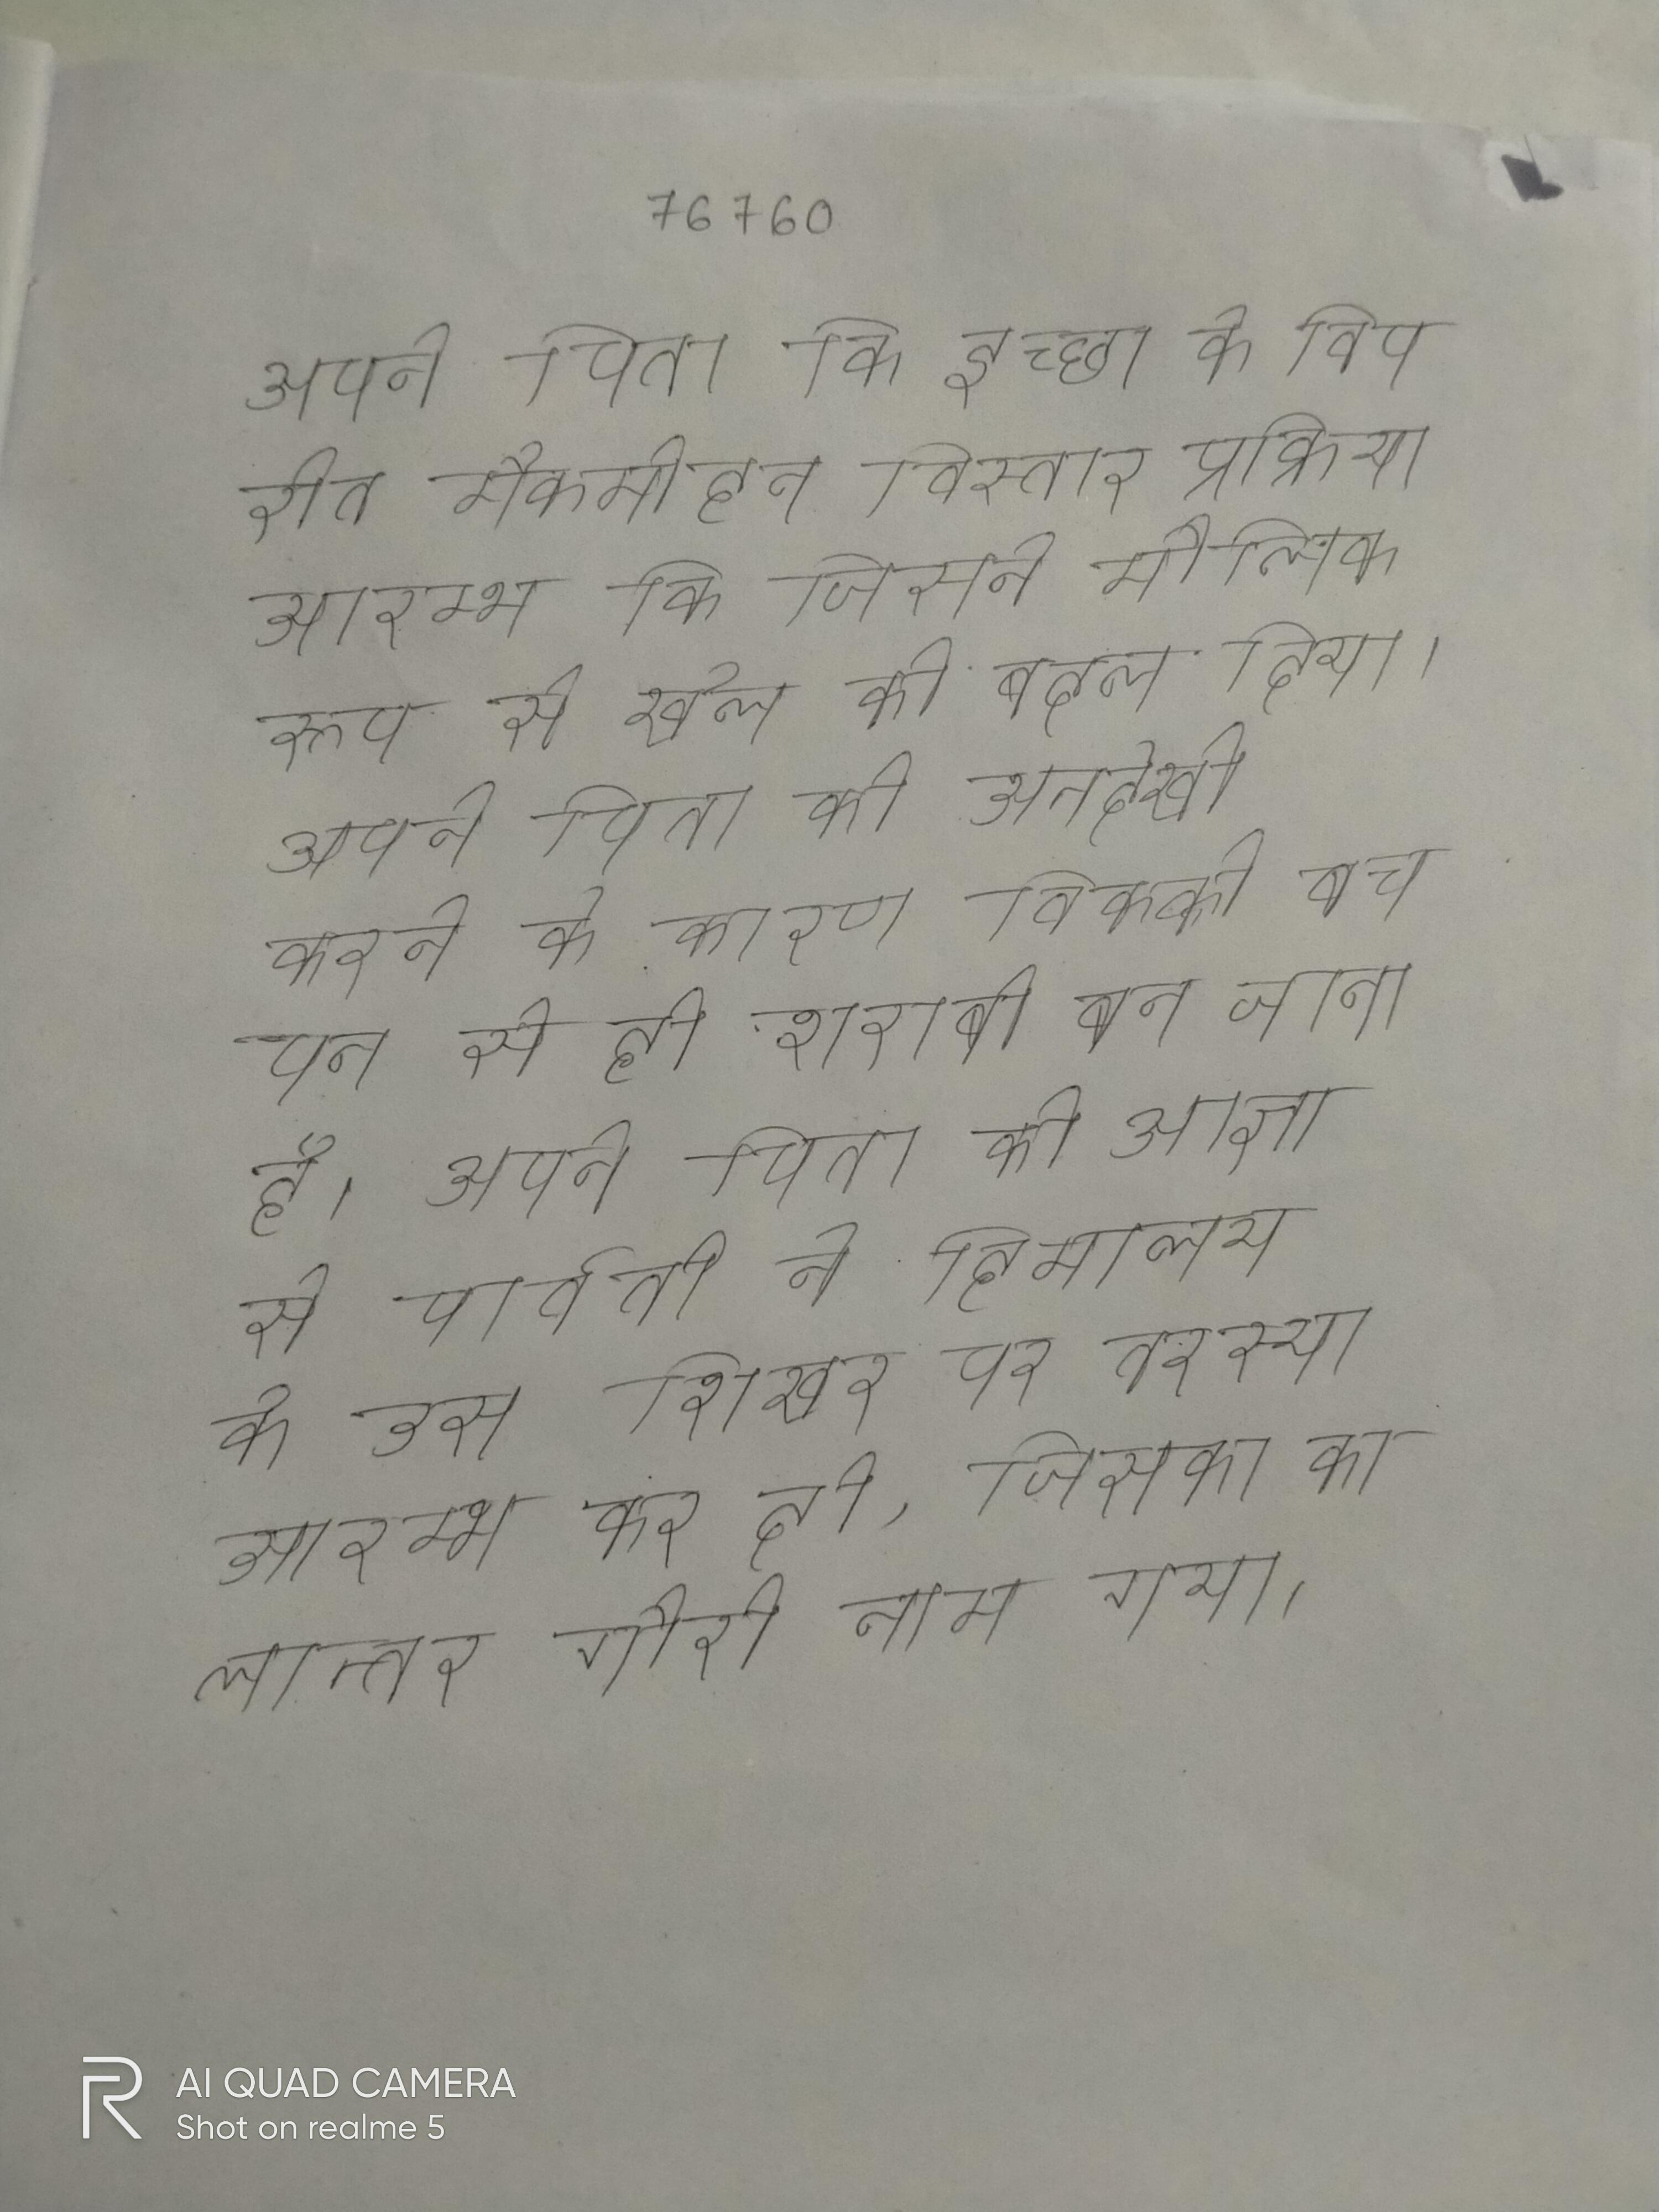
अपने पिता कि इच्छा के विपरीत मैकमोहन विस्तार प्रक्रिया आरम्भ कि जिसने मौलिक रूप से खेल को बदल दिया । अपने पिता की अनदेखी करने के कारण विक्की बचपन से ही शराबी बन जाता है । अपने पिता की आज्ञा से पार्वती ने हिमालय के उस शिखर पर तपस्या आरम्भ कर दी, जिसका कालान्तर गौरी नाम गया ।